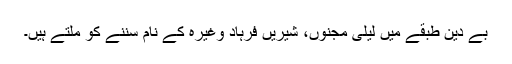
بے دین طبقے میں لیلی مجنوں، شیریں فرہاد وغیرہ کے نام سننے کو ملتے ہیں۔